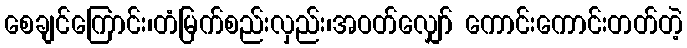
စေချင်ကြောင်း၊တံမြက်စည်းလှည်း၊အဝတ်လျှော် ကောင်းကောင်းတတ်တဲ့